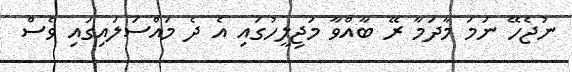
ނުޖެހޭ ނަމަ މާދަމާ ރޭ ބާއްވާ މަޖިލީހުގައި އެ ދެ މައްސަލައިގައި ވެސް